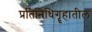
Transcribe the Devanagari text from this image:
प्रतिनिधिगॄहातील